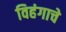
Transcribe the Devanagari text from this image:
विहंगाचे